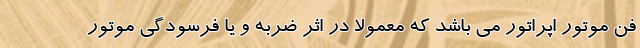
فن موتور اپراتور می باشد که معمولا در اثر ضربه و یا فرسودگی موتور